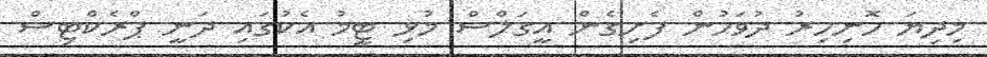
މިދިޔަ ހޮނިހިރު ދުވަހުން ފެށިގެން އީގަލްސް މުޅި ޓީމު އެކުގައި ދަނީ ޕްރެކްޓިސް